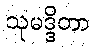
သုမဒ္ဒိတာ